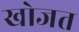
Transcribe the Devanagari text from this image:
खोजत